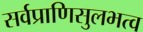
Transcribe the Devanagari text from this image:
सर्वप्राणिसुलभत्व